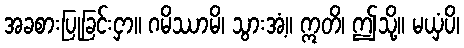
အခစားပြုခြင်းငှာ။ ဂမိဿာမိ၊ သွားအံ့။ ဣတိ၊ ဤသို့။ မယှံပိ၊